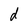
Character: d